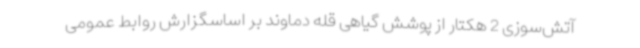
آتش‌سوزی 2 هکتار از پوشش گیاهی قله دماوند بر اساسگزارش روابط عمومی